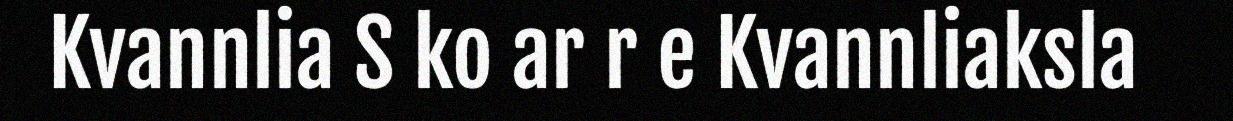
Kvannlia S ko ar r e Kvannliaksla